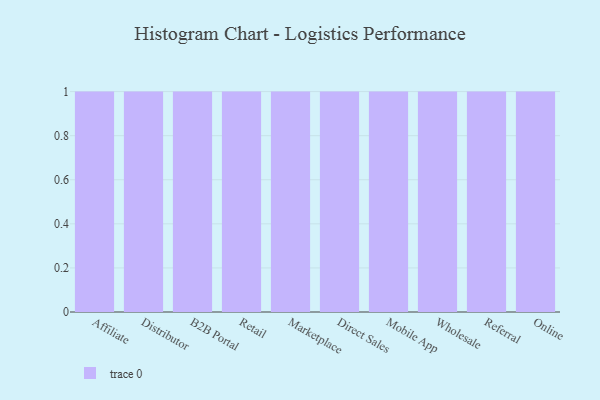
{"axis": {"x": "Channel", "y": "Inventory Turnover"}, "legend": [""], "data": [{"x": "Affiliate", "y": 36, "type": ""}, {"x": "Distributor", "y": 12, "type": ""}, {"x": "B2B Portal", "y": 19, "type": ""}, {"x": "Retail", "y": 25, "type": ""}, {"x": "Marketplace", "y": 68, "type": ""}, {"x": "Direct Sales", "y": 45, "type": ""}, {"x": "Mobile App", "y": 43, "type": ""}, {"x": "Wholesale", "y": 77, "type": ""}, {"x": "Referral", "y": 59, "type": ""}, {"x": "Online", "y": 24, "type": ""}]}